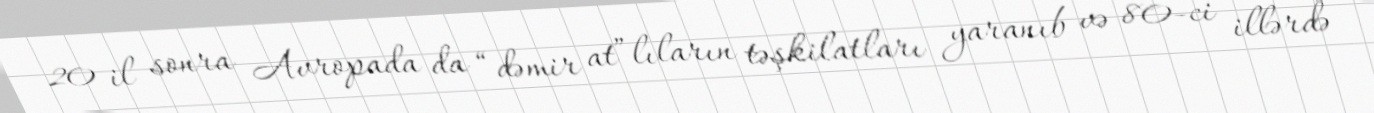
20 il sonra Avropada da “dəmir at”lıların təşkilatları yaranıb və 80-ci illərdə